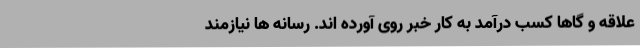
علاقه و گاها کسب درآمد به کار خبر روی آورده اند. رسانه ها نیازمند